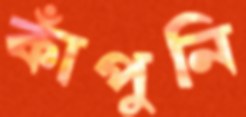
কাঁপুনি